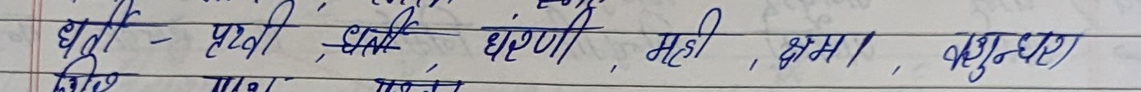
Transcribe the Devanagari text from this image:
धृति - पृथ्वी, धरा, धरणी, मही, क्षमा, वसुन्धरा)